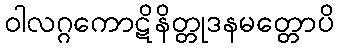
ဝါလဂ္ဂကောဋိနိတ္တုဒနမတ္တောပိ